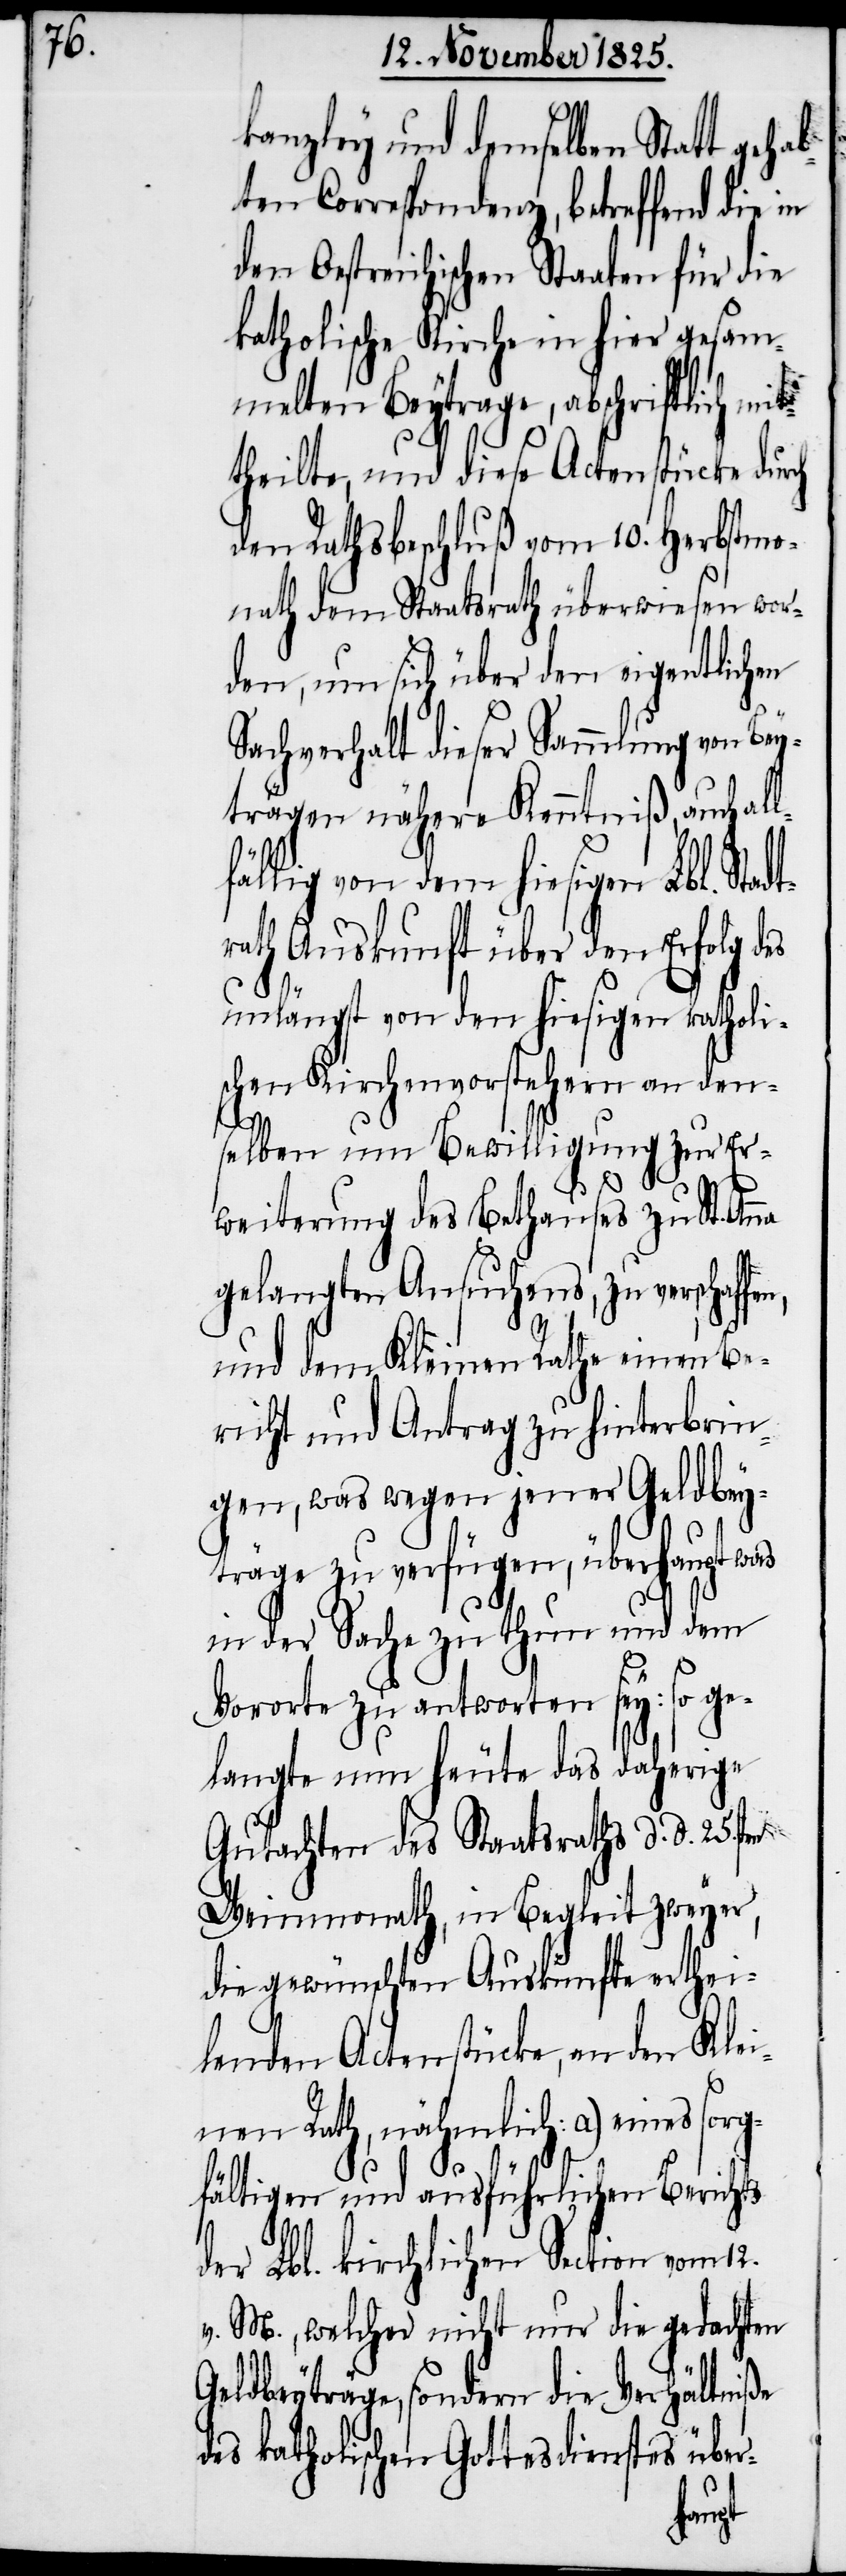
kanzley und demselben Statt geha¬
bten Correspondenz, betreffend die in
den Oestreichischen Staaten für die
katholische Kirche in hier gesam¬
melten Beytrage, abschriftlich mit¬
theilte, und diese Actenstücke du¬
den Rathsbeschluß vom 10. Herbstm¬
onath dem Staatsrath überwiesen wor¬
den, um sich über den eigentlichen
Sachverhalt dieser Sammlung von Bey¬
trägen nähere Kenntniß, auch all¬
fällig von dem hiesigen Lbl. Sta¬
ath Auskunft über den Erfolg des
unlängst von den hiesigen katholi¬
schen Kirchenvorstehern an den¬
selben um Bewilligung zur Er¬
weiterung des Bethauses zu St.
gelangten Ansuchens, zu verschaf¬
und dem Kleinen Rathe einen Be¬
richt und Antrag zu hinterbrin¬
gen, was wegen jener Geldbey¬
träge zu verfügen, überhaupt was
in der Sache zu thun und dem
Vororte zu antworten sey: so ge¬
langte nun heute das daherige
Gutachten des Staatsraths d. d. 25sten
Weinmonath, in Begleit zweyer,
die gewünschten Auskünfte erthei¬
lenden Actenstücke, an den Klei¬
nen Rath, nähmlich: a.) eines sorg¬
dtr¬
fältigen und ausführlichen Berichts
der Lbl. kirchlichen Section vom 12.
v. M., welcher nicht nur die gedachten
Geldbeyträge, sondern die Verhältniße
des katholischen Gottesdienstes über-
fen,